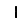
Digit: 1